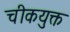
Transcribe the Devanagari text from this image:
चीकयुक्त